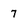
Character: 7